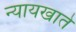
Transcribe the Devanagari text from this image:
न्यायखाते